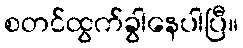
စတင်ထွက်ခွါနေပါပြီ။